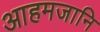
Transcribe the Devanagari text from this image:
आहमजानि